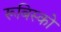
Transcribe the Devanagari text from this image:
रूबिस्को